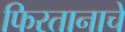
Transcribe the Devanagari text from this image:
फिरतानाचे